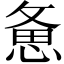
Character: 惫